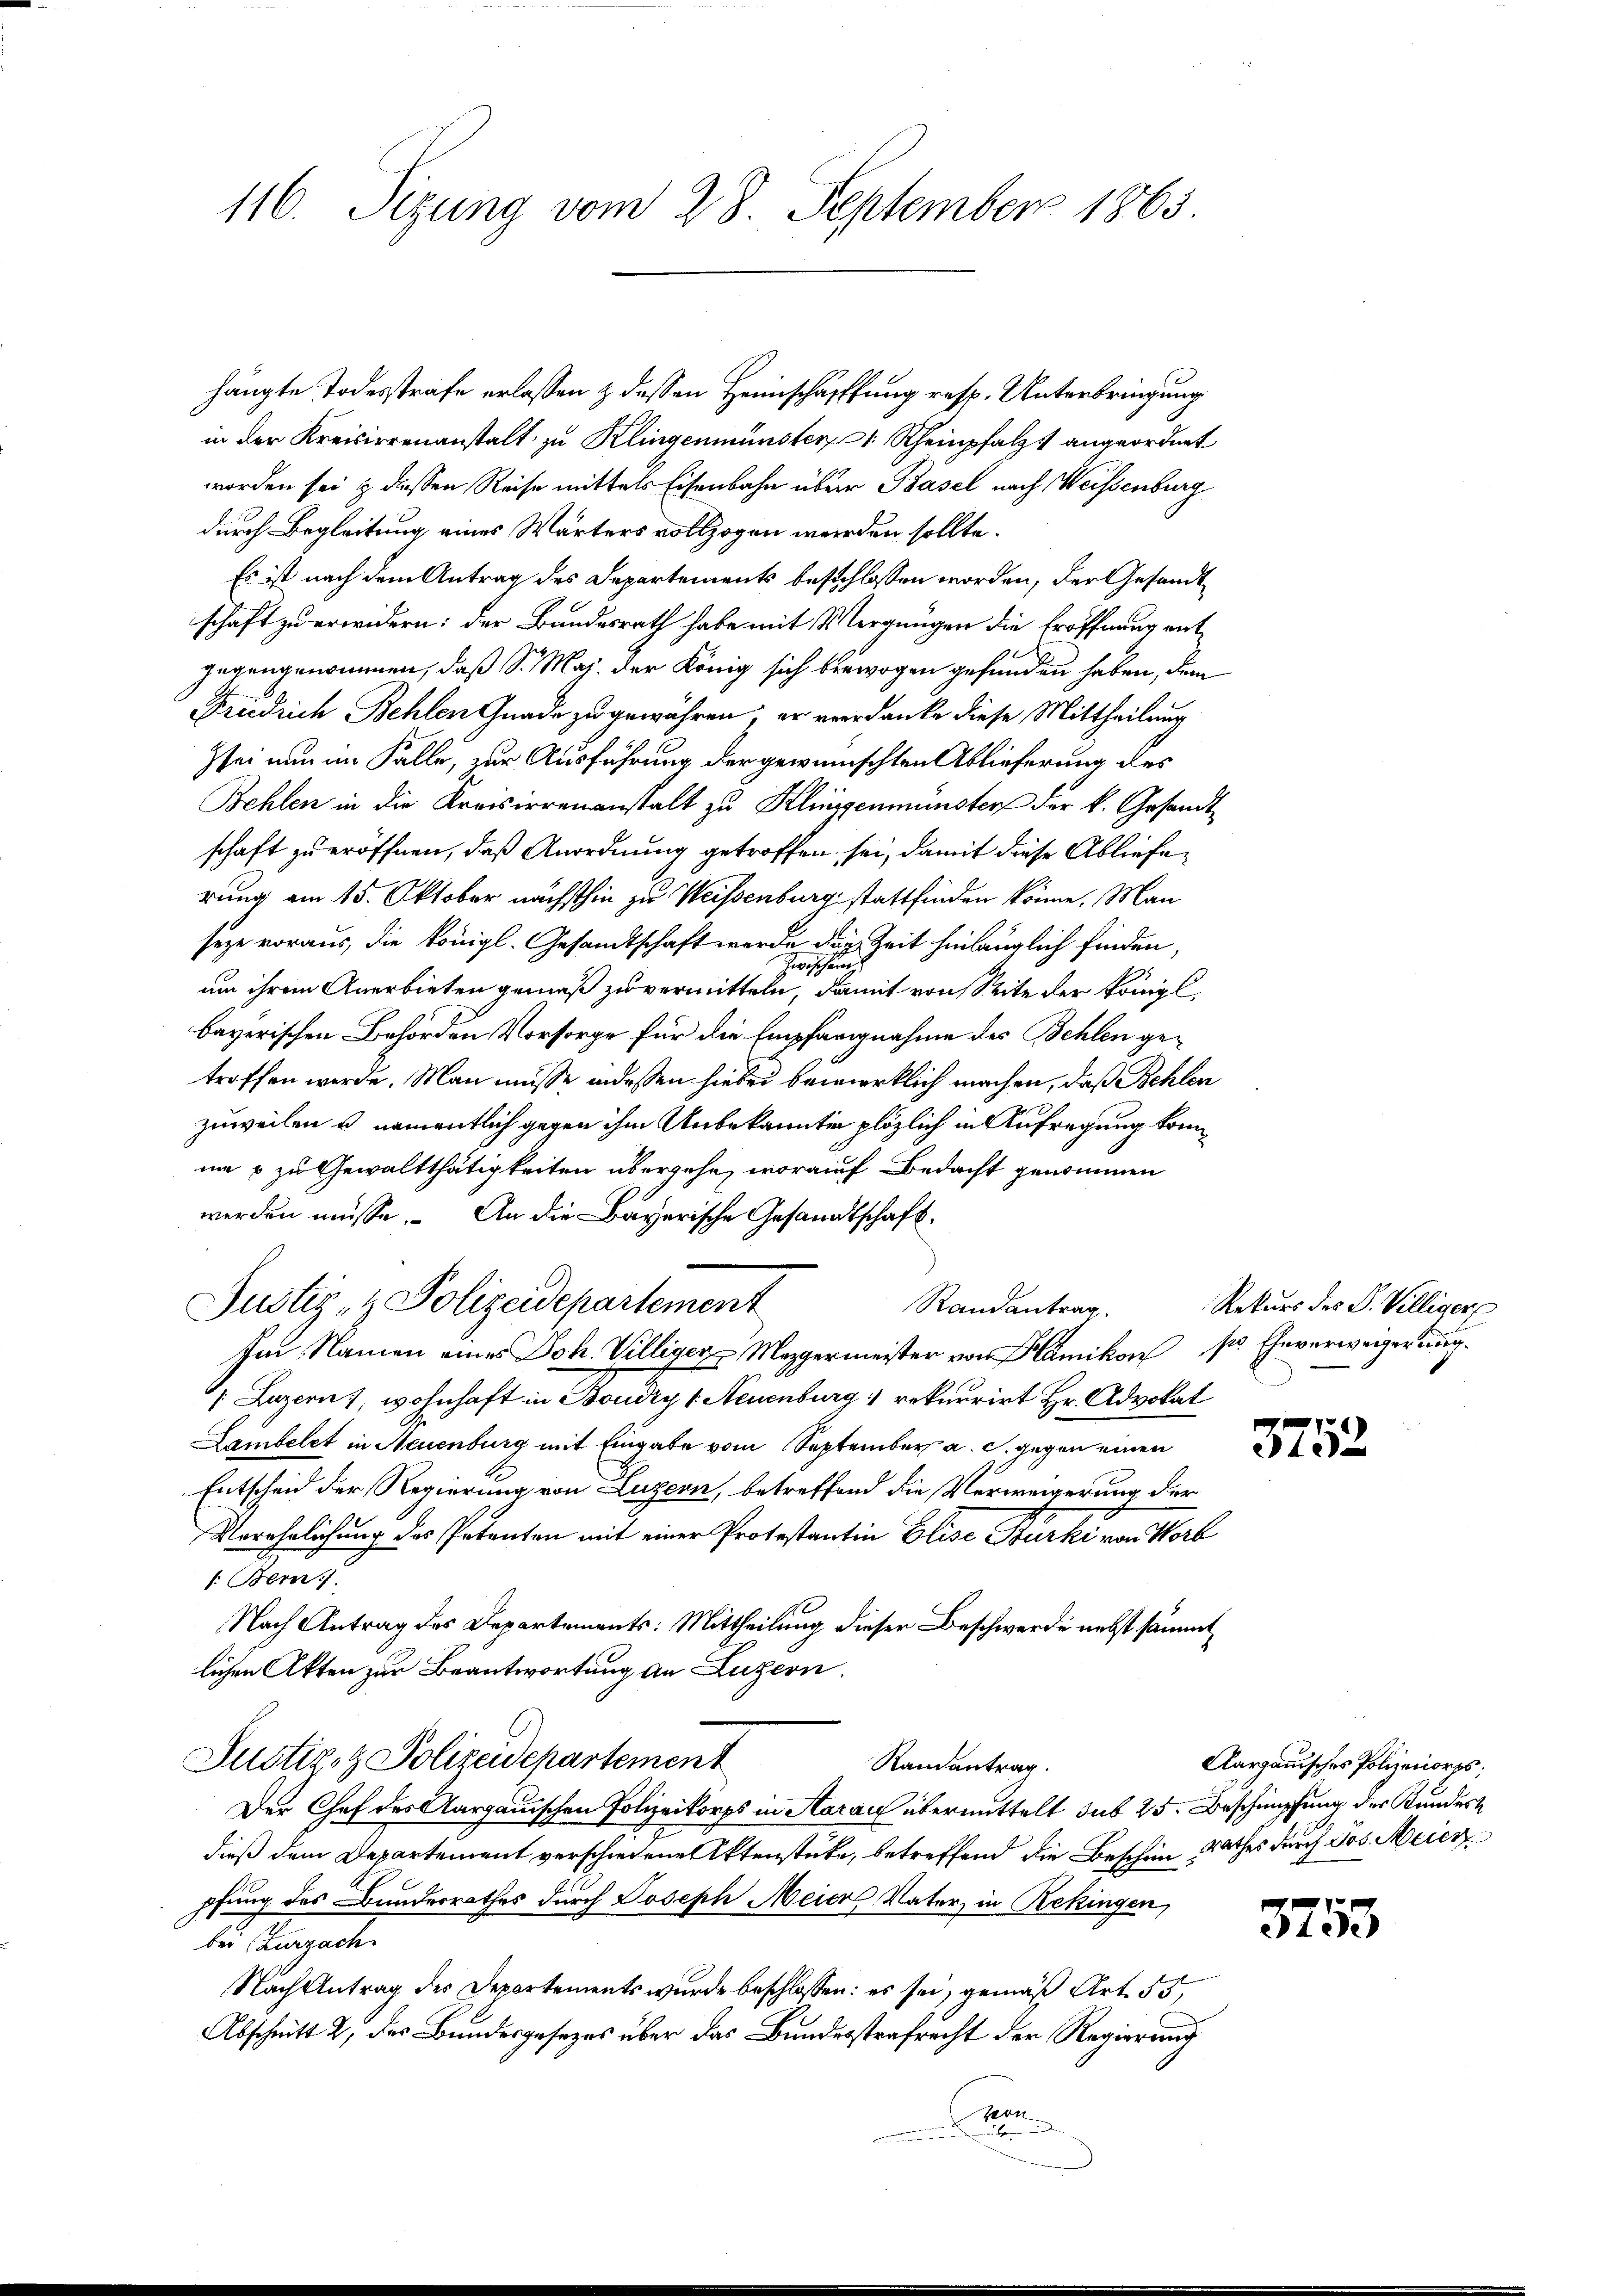
116. Sizung vom 28. September 1865.

hängte Todesstrafe erlassen & dessen Heimschafffung resp. Unterbringung
in der Kreisirrenanstalt zu Klingenmünster Rheinpfalz angeordnet
worden sei & diessen Reise mittels Eisenbahn über Basel nach Weissenburg
durch Begleitung eines Wärters vollzogen werden sollte.
Es ist nach dem Antrag des Departements beschlossen worden, der Gesandtschaft zu erwidern: der Bundesrath habe mit Vergnügen die Eröffnung ent
gegengenommen, daß Sr. Maj. der König sich bewogen gefunden haben, dem
Friedrich Behlen Gnade zu gewähren, er verdanke diese Mittheilung
Zsei nun im Falle, zur Ausführung der gewünschten Ablieferung des
Behlen in die Kreisirrenanstalt zu Klinggenmünster der k. Gesandtschaft zu eröffnen, daß Anordnung getroffen sei, damit diese Ablieferung am 15. Oktober nächsthin zu Weissenburg stattfinden könne. Man
seze voraus, die königl. Gesandtschaft werde die Zeit hinlänglich finden,
ischen
um ihrem Anerbieten gemäß zu vermitteln, damit von Seite der königl.
bayerischen Behörden Vorsorge für die Empfarignahme des Behlen getroffen werde. Man müsse indessen hiebei bewirklich machen, daß Behlen
zuweilen u. namentlich gegen ihm Unbekannten plötzlich in Aufregung komum 8 zu Gewaltthätigkeiten übergehe, worauf Bedacht genommen
werden müsse. An die Bayerische Gesandtschaft¬
Justiz- & Polizeidepartement
Randantrag
Im Namen eines Joh. Villiger Mezgermeister von Hämikon pr. Eheverweigerung.
/. Luzern), wohnhaft in Boudry 1. Neuenburg rekurrirt Hr. Advokat
Lambelet in Neuenburg mit Eingabe vom September a. c. gegen einen
Entscheid der Regierung von Luzern, betreffend die Verweigerung der
Verehrlichung des Petenten mit einer Protostantin Elise Bürke von Horb
1. Bem
Nach Antrag des Departements: Mittheilung dieser Beschwerde nebst sämmt
lichen Akten zur Beantwortung an Luzern.
Justiz- & Polizeidepartement
Ramantrag.
Der Chef des Aargauischen Polizeikorps in Aarau übermittelt sub 25. Beschimpfung der Kundert
dieß dem Departement verschiedene Aktenstücke, betreffend die Beschen Rathes durch Jos. Meier
pfung des Bundesrathes durch Joseph Meier Vater, in Rekingen
bei Zurzach
Nach Antrag des Departements wurde beschlossen: es sei, gemäß Art. 55
Abschnitt 2, des Bundesgesezes über das Bundesstrafrecht der Regierung
von

Rekurs des P. Villigers

3752

Aargauisches Polizeiorps;